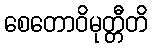
စေတောဝိမုတ္တီတိ